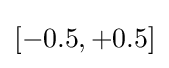
[-0.5,+0.5]